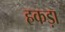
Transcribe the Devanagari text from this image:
हकड़ा